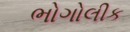
ભોગોલીક